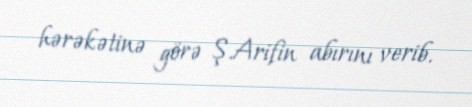
hərəkətinə görə Ş.Arifin abırını verib.